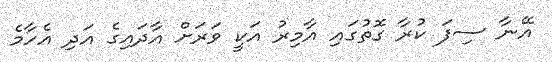
އޭނާ ސިފަ ކުރާ ގޮތުގައި އާމިރު އަކީ ވަރަށް އާދައިގެ އަދި އެހާމެ